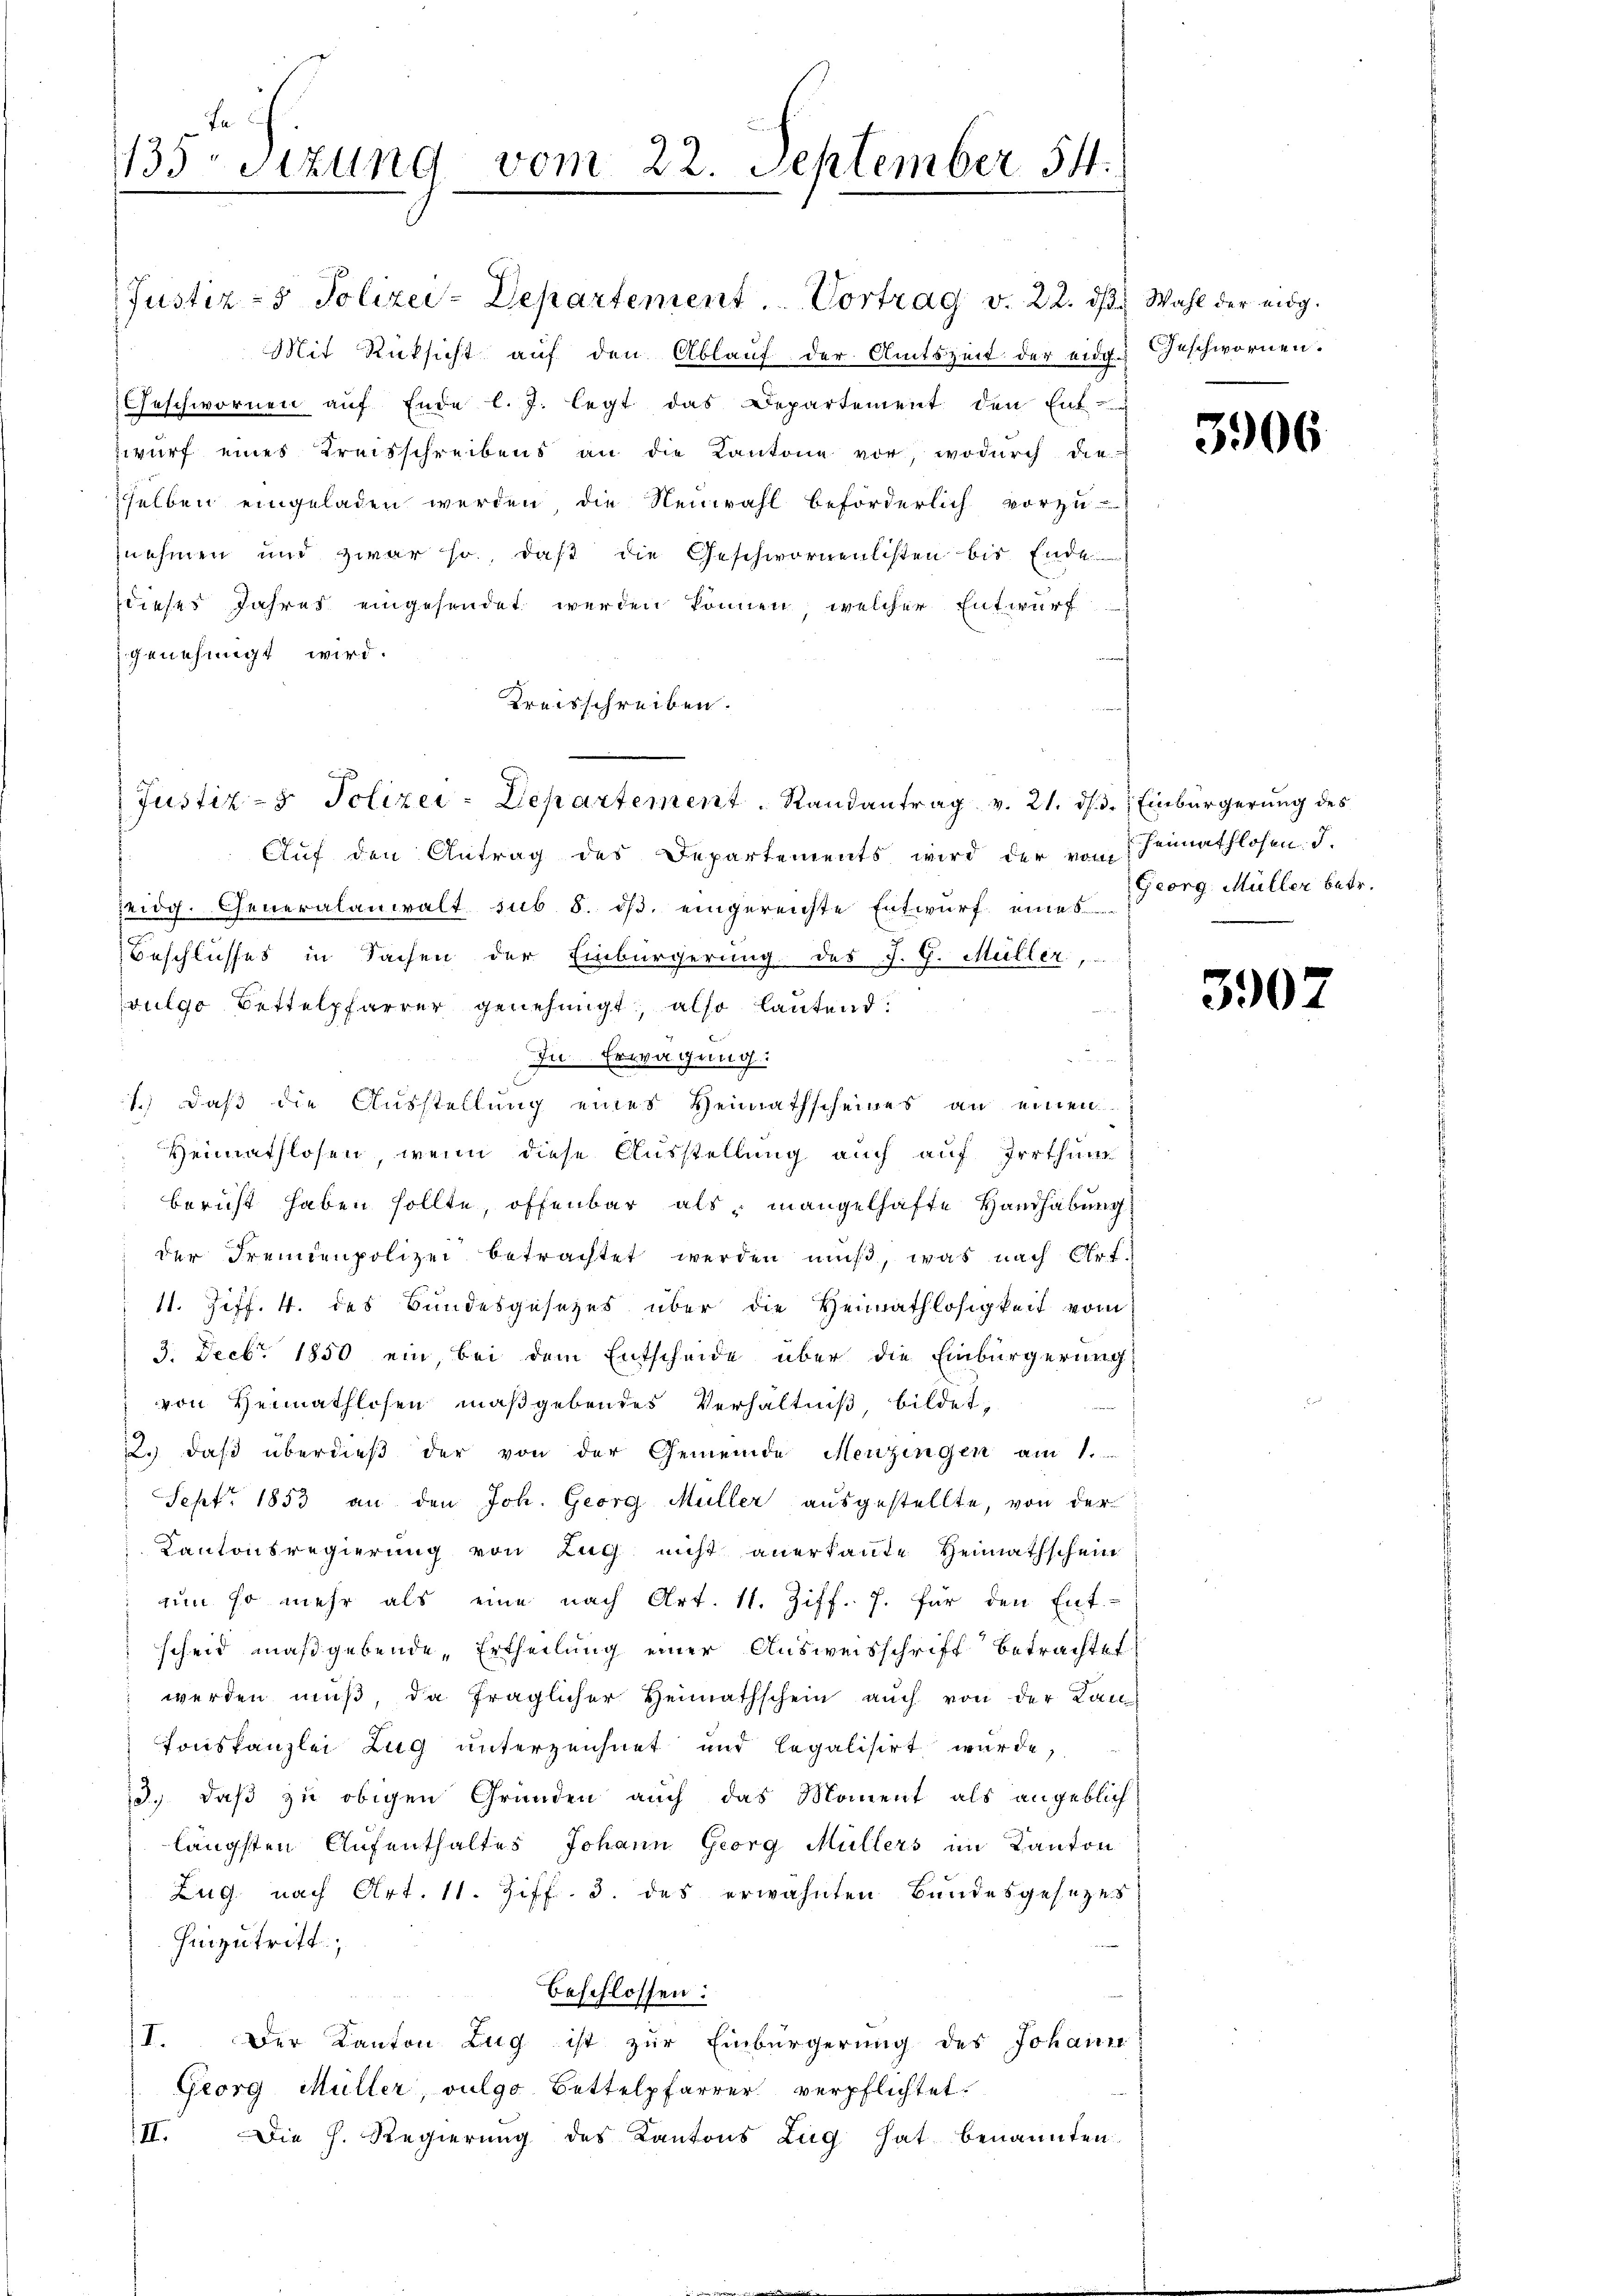
Fa
1135 sizung vom 22. September 54.

Justiz- & Polizei-Departement. Vortrag v. 22. ds. Wahl der eidg.
Mit Rücksicht auf den Ablauf der Amtszeit der eidg.
Geschwornen aŭf Ende l. J. legt das Departement den Ent-
zwurf eines Kreisschreibens an die Kantone vor, wodurch die
selben eingeladen werden die Neuwahl beförderlich vorzu-
nehmen und zwar so, daβ die Geschwornenlisten bis Ende
dieses Jahres eingesendet werden können, welcher Entwurf
genehmigt wird.
Kreisschreiben.
Auf den Antrag des Departements wird der von Heimathlosen. J.
eidg. Generalanwalt sub. 8. ds. eingereichte Entwurf eines
Beschlusses in Sachen der Einbürgerung des J. G. Müller,
vulgo Bettelpfarrer genehmigt, also lautend.
u
In Erwägung.
1.) Daß die Ausstellung eines Heimathscheines an einen
Heimathlosen, wenn diese Ausstellung auch auf Irrthum
bericht haben sollte, offenbar als mangelhafte Handhabung
der Fremdenpolizei betrachtet werden muß, was nach Art
11. Ziff. 4. des Bundesgesetzes über die Heimathlosigkeit vom
3. Decbr. 1850 ein bei dem Entscheide über die Einbürgerung
von Heimathlosen maßgebendes Verhältniß, bildet,
2.) daß überdieß der von der Gemeinde Menzingen am 1.
Sept. 1853 an den Joh. Georg Müller ausgestellte, von der
Kantonsregierung von Lag nicht anerkannte Heimathschein
uum so mehr als eine nach Art. 11. Ziff. J. für den Ent-
scheid maßgebende Ertheilung einer Ausweisschrift betrachtet
werden muß, da fraglicher Heimathschein auch von der Kan
Tonskanzlei Zug unterzeichnet und legalisirt wurde,
13., daß zu obigen Gründen auch das Moment als angeblich
längsten Aufenthaltes Johann Georg Müllers im Kanton
Zug nach Art. 11. Ziff. 3. das erwähnten Bundesgesetzes
hinzutritt,
beschlossen:
I. Der Kanton Zug ist zur Einbürgerung des Johann
Georg Müller, vulgo Bettelpfarrer verpflichtet.
II. Die h. Regierŭng des Kantons Zug hat benannten

Justiz- & Polizei-Departement. Randantrag v. 21. ds. 3. Einbürgerung des

Geschwornen.

3906

Georg Müller betr.

3907